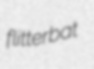
flitterbat